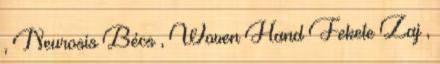
, Neurosis Bécs , Woven Hand Fekete Zaj ,